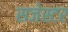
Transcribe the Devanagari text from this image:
सजेस्टर